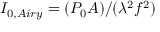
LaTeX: I _ { 0 , A i r y } = ( P _ { 0 } A ) / ( \lambda ^ { 2 } f ^ { 2 } )